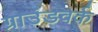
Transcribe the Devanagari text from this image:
ग्राउंडवर्क